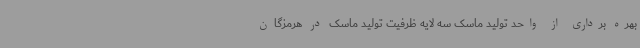
بهره برداری از واحد تولید ماسک سه لایه ظرفیت تولید ماسک در هرمزگان